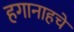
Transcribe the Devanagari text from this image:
हगानाहचे